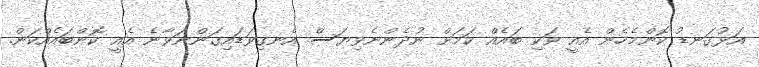
އަޅުގަނޑު ކޮންމެހެން އެއީ ވަކި ބައެއް ކަމަށް ނުދެންނެވިޔަސް އެނގިވަޑައިގަންނަވާނެ އެއީ ކޮންބައެއްކަން.